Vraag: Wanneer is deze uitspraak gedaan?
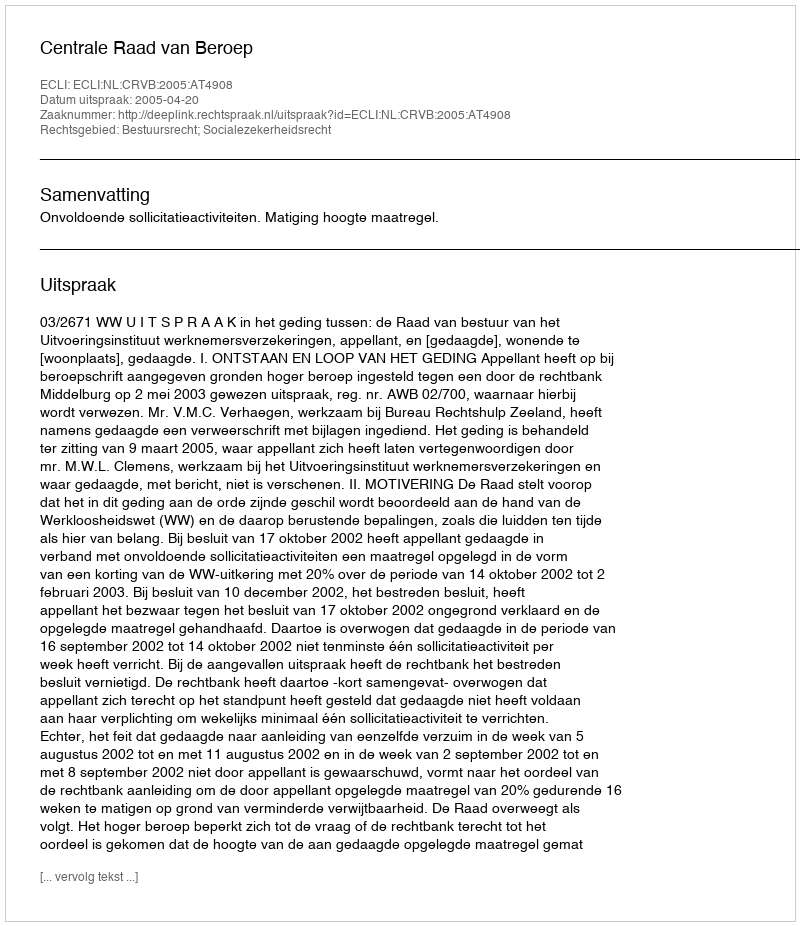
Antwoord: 2005-04-20